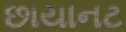
છાયાનટ